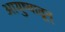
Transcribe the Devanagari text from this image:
आयुष्यातून्